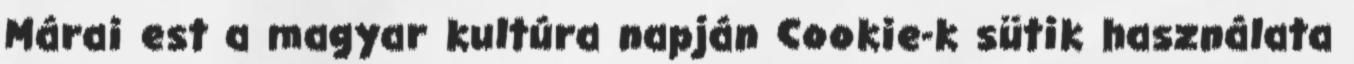
Márai est a magyar kultúra napján Cookie-k sütik használata